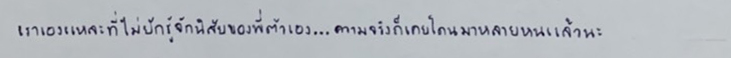
เราเองแหละที่ไม่ยักรู้จักนิสัยของพี่ตัวเอง...ความจริงก็เคยโดนมาหลายหนแล้วนะ